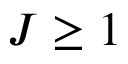
J \ge 1